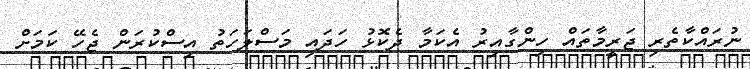
ނުރައްކާތެރި ޖަރީމާތައް ހިންގާއިރު އެކަމާ ދެކޮޅު ހަދައި މަސްލަހަތު އިސްކުރަން ޖެހޭ ކަމަށް